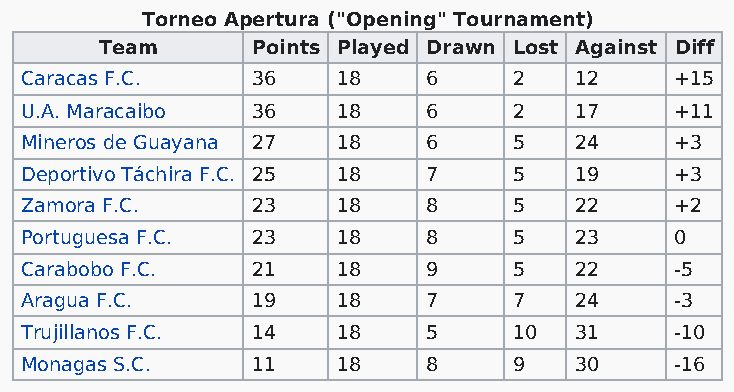
Torneo Apertura ("Opening" Tournament)
 Team      Points Played Drawn Lost Against Diff
 Caracas F.C.    36   18    6     2   12     +15
 U.A. Maracaibo  36   18    6     2   17     +11
 Mineros de Guayana 27 18   6     5   24     +3
 Deportivo Táchira F.C. 25 18 7   5   19     +3
 Zamora F.C.     23   18    8     5   22     +2
 Portuguesa F.C. 23   18    8     5   23     0
 Carabobo F.C.   21   18    9     5   22     -5
 Aragua F.C.     19   18    7     7   24     -3
 Trujillanos F.C. 14  18    5     10  31     -10
 Monagas S.C.    11   18    8     9   30     -16